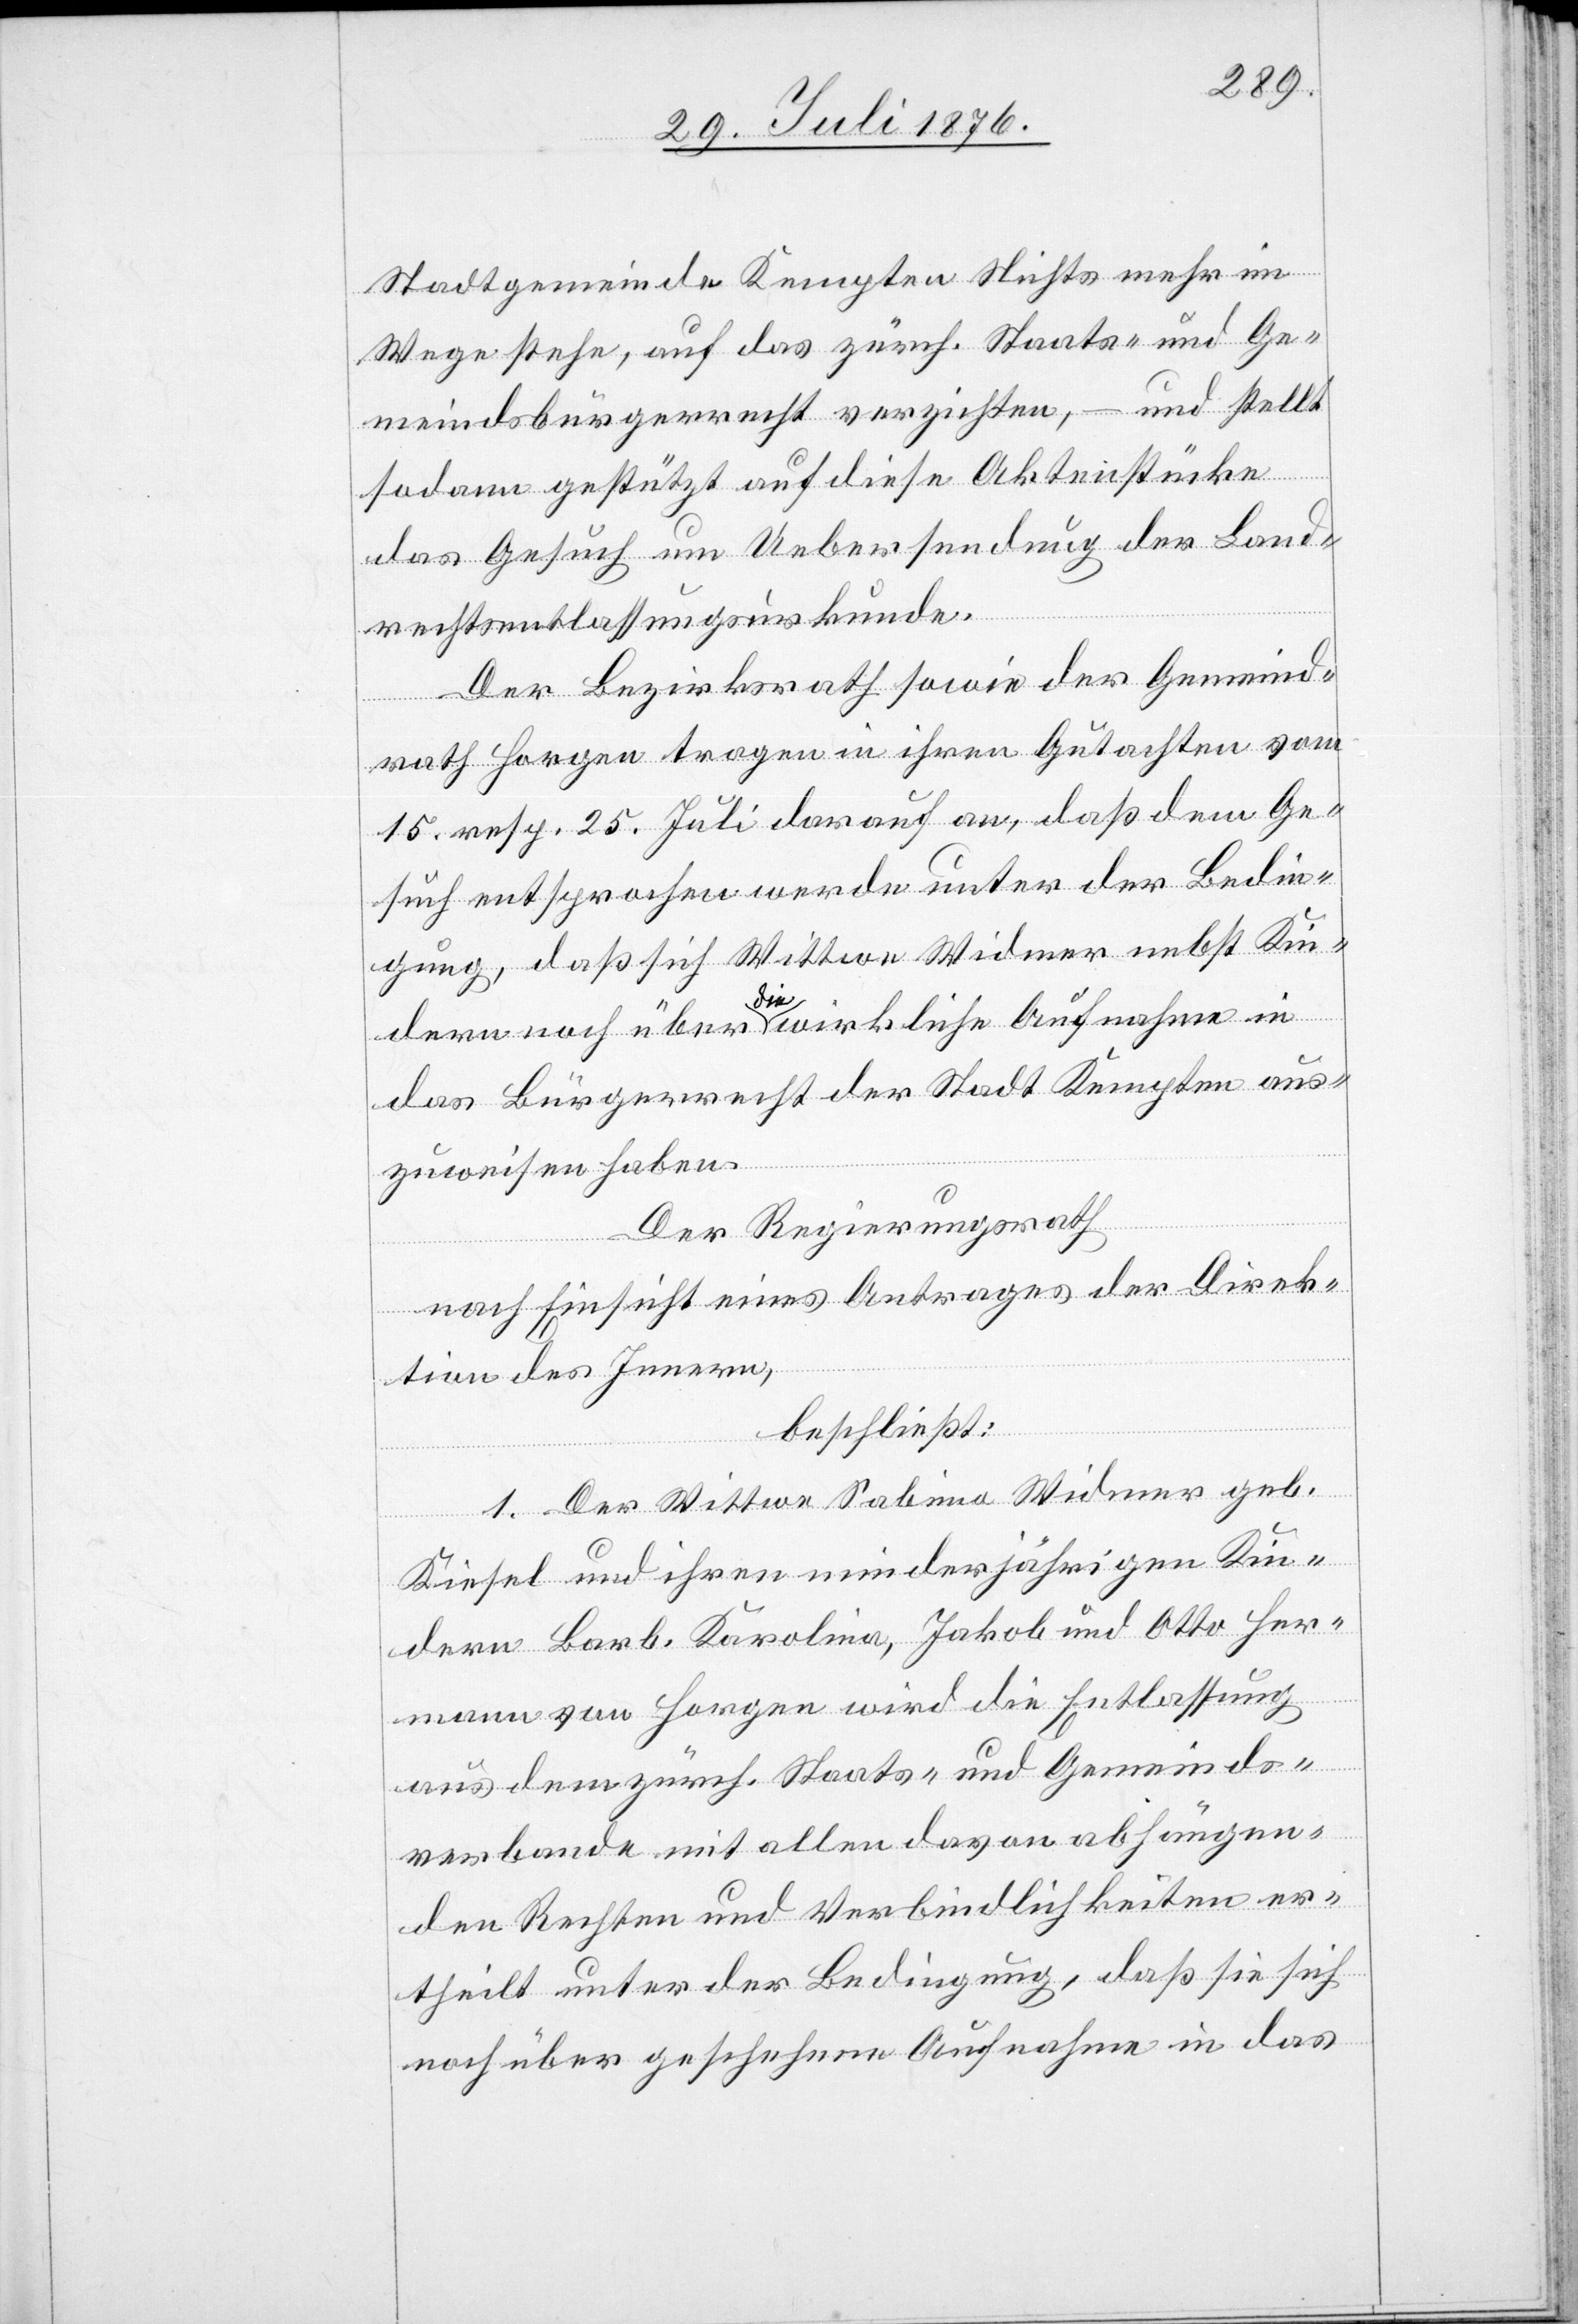
Stadtgemeinde Kempten Nichts mehr im
Wege stehe, auf das zürch. Staats- und Ge¬
meindsbürgerrecht verzichten, – und stellt
sodann gestützt auf diese Aktenstücke
das Gesuch um Uebersendung der Land¬
rechtsentlassungsurkunde.
Der Bezirksrath sowie der Gemeind¬
rath Horgen tragen in ihren Gutachten vom
15. resp. 25. Juli darauf an, daß dem Ge¬
such entsprochen werde unter der Bedin¬
gung, daß sich Wittwe Widmer nebst Kin¬
dern noch über die wirkliche Aufnahme in
das Bürgerrecht der Stadt Kempten aus¬
zuweisen haben.
Der Regierungsrath,
nach Einsicht eines Antrages der Direk¬
tion des Innern,
beschließt:
1. Der Wittwe Sabina Widmer geb.
Kiesel und ihren minderjährigen Kin¬
dern Barb. Karolina, Jakob und Otto Her¬
mann von Horgen wird die Entlassung
aus dem zürch. Staats- und Gemeinds¬
verbande mit allen davon abhängen¬
den Rechten und Verbindlichkeiten er¬
theilt unter der Bedingung, daß sie sich
noch über geschehene Aufnahme in das